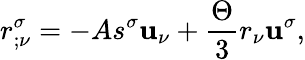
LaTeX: r_{;\nu}^{\sigma}=-As^{\sigma}\mathbf{u}_{\nu}+\frac{{\Theta}}{{3}}r_{\nu}\mathbf{u}^{\sigma},